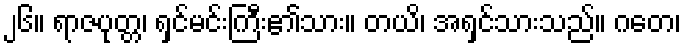
၂၆။ ရာဇပုတ္တ၊ ရှင်မင်းကြီး၏သား။ တယိ၊ အရှင်သားသည်။ ဂတေ၊